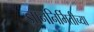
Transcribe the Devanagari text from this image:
ज्ञाननिर्मितीच्या